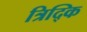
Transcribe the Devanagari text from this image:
त्रिद्कि